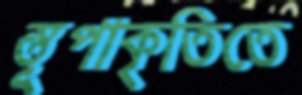
স্তূপাকৃতিতে